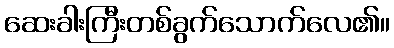
ဆေးခါးကြီးတစ်ခွက်သောက်လေ၏။